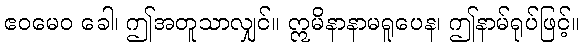
ဧဝမေဝ ခေါ၊ ဤအတူသာလျှင်။ ဣမိနာနာမရူပေန၊ ဤနာမ်ရုပ်ဖြင့်။